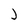
Character: J